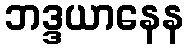
ဘဒ္ဒယာနေန